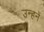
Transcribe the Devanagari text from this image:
उन्हनें